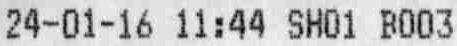
24-01-16 11:44 SH01 B003